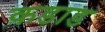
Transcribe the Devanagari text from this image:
कडाड